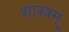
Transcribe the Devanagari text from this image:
शास्त्रम्